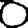
Digit: 0